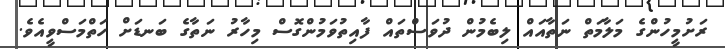
ރަށުމީހުންގެ މަލާމަތް ނަތާއައް ލިބެމުން ދުވަސްތައް ފާއިތުވަމުންގޮސް މިހާރު ނަތާގެ ބަނޑަށް ހަތްމަސްވީއެވެ.